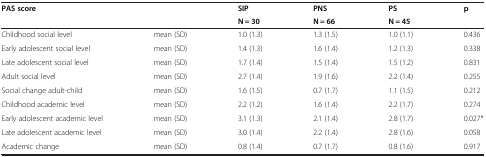
<table><thead><tr><td rowspan="2"><b>PAS score</b></td><td rowspan="2"><b> </b></td><td><b>SIP</b></td><td><b>PNS</b></td><td><b>PS</b></td><td rowspan="2"><b>p</b></td></tr><tr><td><b>N = 30</b></td><td><b>N = 66</b></td><td><b>N = 45</b></td></tr></thead><tbody><tr><td>Childhood social level</td><td>mean (SD)</td><td>1.0 (1.3)</td><td>1.3 (1.5)</td><td>1.0 (1.1)</td><td>0.436</td></tr><tr><td>Early adolescent social level</td><td>mean (SD)</td><td>1.4 (1.3)</td><td>1.6 (1.4)</td><td>1.2 (1.3)</td><td>0.338</td></tr><tr><td>Late adolescent social level</td><td>mean (SD)</td><td>1.7 (1.4)</td><td>1.5 (1.4)</td><td>1.5 (1.2)</td><td>0.831</td></tr><tr><td>Adult social level</td><td>mean (SD)</td><td>2.7 (1.4)</td><td>1.9 (1.6)</td><td>2.2 (1.4)</td><td>0.255</td></tr><tr><td>Social change adult-child</td><td>mean (SD)</td><td>1.6 (1.5)</td><td>0.7 (1.7)</td><td>1.1 (1.5)</td><td>0.212</td></tr><tr><td>Childhood academic level</td><td>mean (SD)</td><td>2.2 (1.2)</td><td>1.6 (1.4)</td><td>2.2 (1.7)</td><td>0.274</td></tr><tr><td>Early adolescent academic level</td><td>mean (SD)</td><td>3.1 (1.3)</td><td>2.1 (1.4)</td><td>2.8 (1.7)</td><td>0.027*</td></tr><tr><td>Late adolescent academic level</td><td>mean (SD)</td><td>3.0 (1.4)</td><td>2.2 (1.4)</td><td>2.8 (1.6)</td><td>0.058</td></tr><tr><td>Academic change</td><td>mean (SD)</td><td>0.8 (1.4)</td><td>0.7 (1.7)</td><td>0.8 (1.6)</td><td>0.917</td></tr></tbody></table>